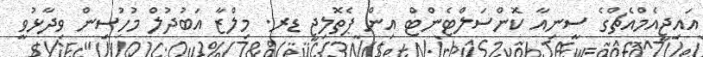
އައިޖީއެމްއެޗްގެ ސީނިއާ ކޮންސަލްޓެންޓް އިން ޕެތޮލިޖީ ޑރ. މިލްޒާ އަބުދުލް މުހުސިން ވިދާޅުވީ